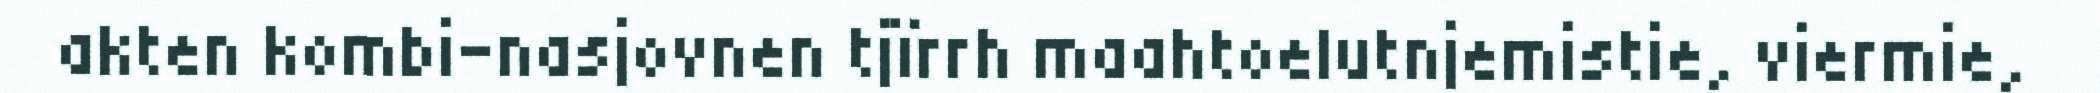
akten kombi-nasjovnen tjïrrh maahtoelutnjemistie, viermie,